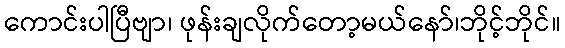
ကောင်းပါပြီဗျာ၊ ဖုန်းချလိုက်တော့မယ်နော်၊ဘိုင့်ဘိုင်။